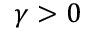
\gamma > 0